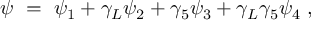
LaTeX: \psi \ = \ \psi _ { 1 } + \gamma _ { L } \psi _ { 2 } + \gamma _ { 5 } \psi _ { 3 } + \gamma _ { L } \gamma _ { 5 } \psi _ { 4 } \ ,